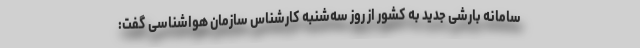
سامانه بارشی جدید به کشور از روز سه‌شنبه کارشناس سازمان هواشناسی گفت: